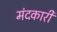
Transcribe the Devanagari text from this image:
मंदकारी